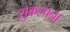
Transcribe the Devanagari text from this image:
सुकल्पना